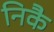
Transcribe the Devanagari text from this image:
निकै